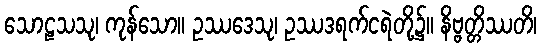
သောဠသသု၊ ကုန်သော။ ဥဿဒေသု၊ ဥဿဒရက်ငရဲတို့၌။ နိဗ္ဗတ္တိဿတိ၊